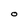
Character: O